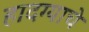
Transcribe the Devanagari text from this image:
हादग्याचे